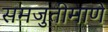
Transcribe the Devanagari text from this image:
समजुतीमाणे